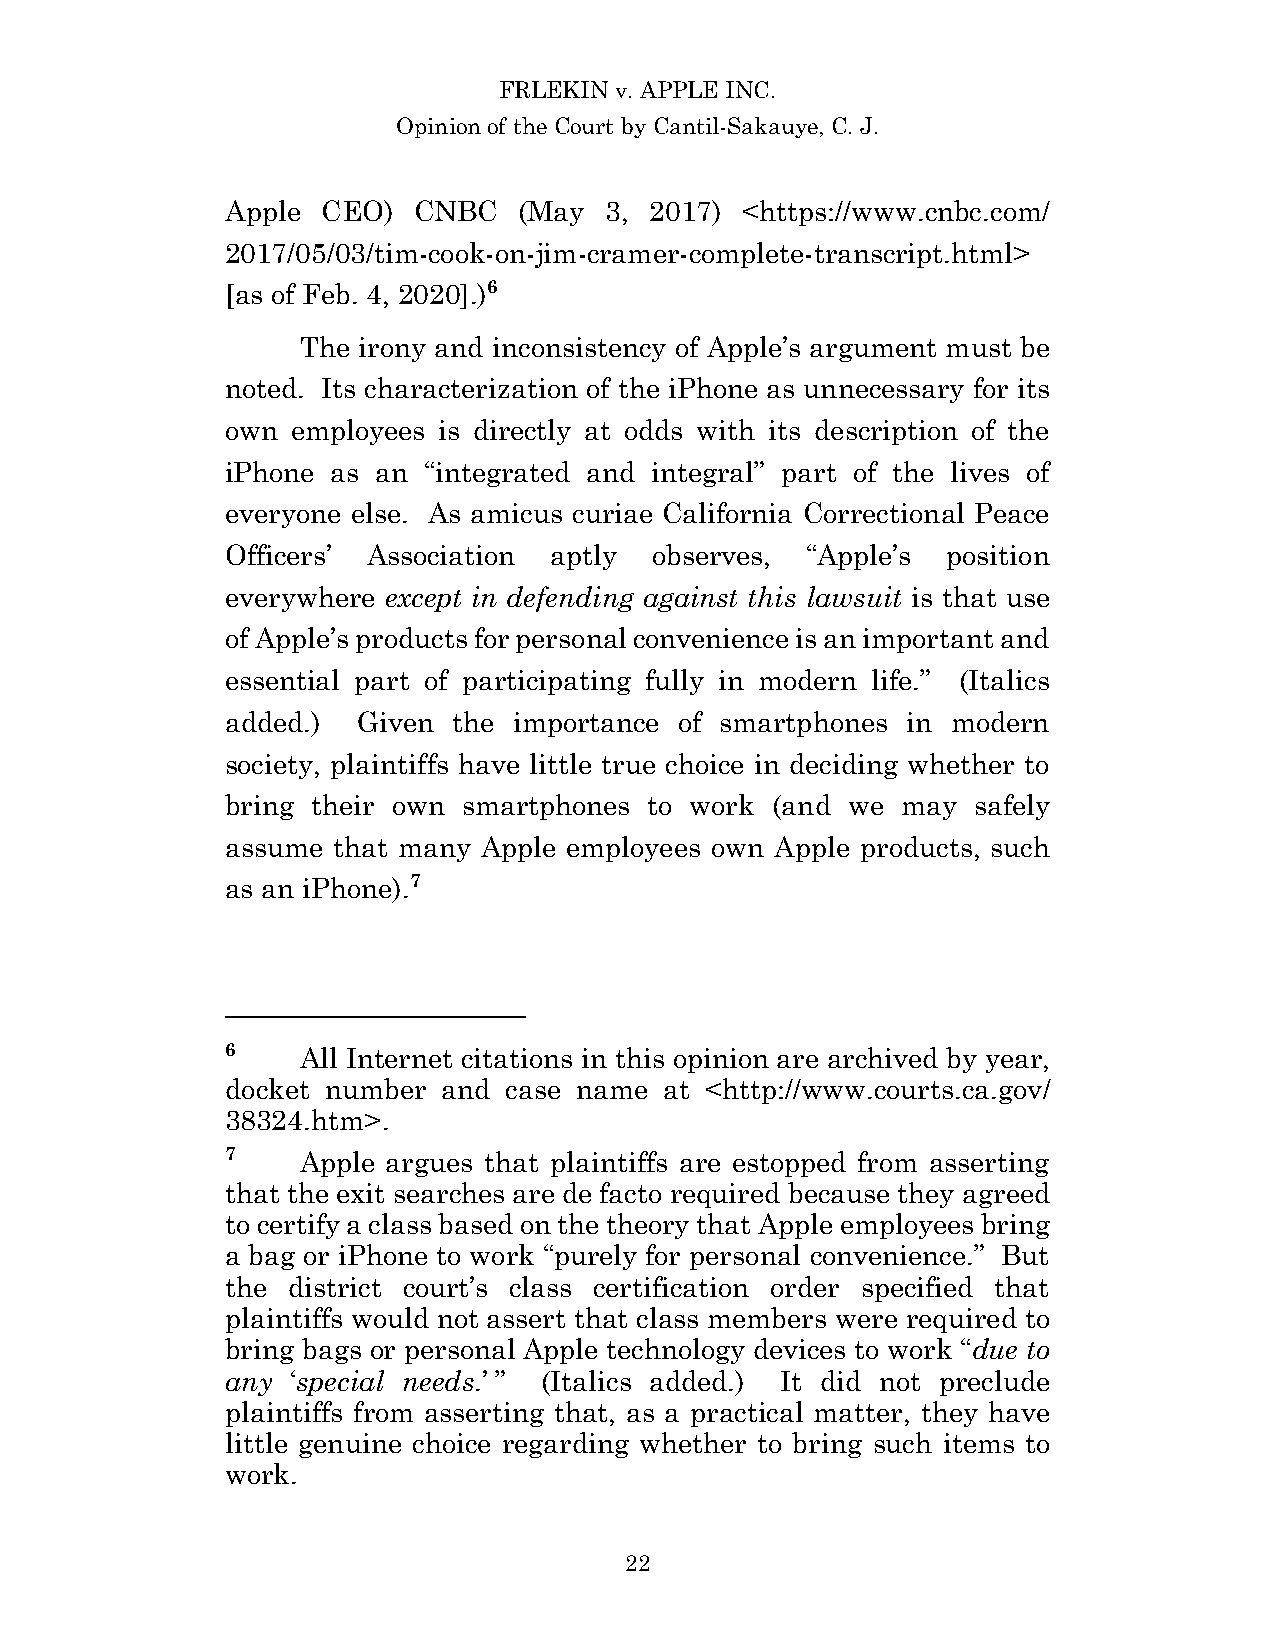
FRLEKIN v. APPLE INC.
 Opinion of the Court by Cantil-Sakauye, C. J.
 Apple CEO)  CNBC   (May  3, 2017) <https://www.cnbc.com/
 2017/05/03/tim-cook-on-jim-cramer-complete-transcript.html>
 [as of Feb. 4, 2020].)6
 The irony and inconsistency of Apple’s argument must be
 noted. Its characterization of the iPhone as unnecessary for its
 own employees is directly at odds with its description of the
 iPhone as an “integrated and integral” part of the lives of
 everyone else. As amicus curiae California Correctional Peace
 Officers’ Association aptly observes, “Apple’s  position
 everywhere except in defending against this lawsuit is that use
 of Apple’s products for personal convenience is an important and
 essential part of participating fully in modern life.” (Italics
 added.)  Given the importance of smartphones in modern
 society, plaintiffs have little true choice in deciding whether to
 bring their own smartphones to work (and we  may safely
 assume that many Apple employees own Apple products, such
 as an iPhone).7
 6    All Internet citations in this opinion are archived by year,
 docket number and case name  at <http://www.courts.ca.gov/
 38324.htm>.
 7    Apple argues that plaintiffs are estopped from asserting
 that the exit searches are de facto required because they agreed
 to certify a class based on the theory that Apple employees bring
 a bag or iPhone to work “purely for personal convenience.” But
 the district court’s class certification order specified that
 plaintiffs would not assert that class members were required to
 bring bags or personal Apple technology devices to work “due to
 any ‘special needs.’ ” (Italics added.) It did not preclude
 plaintiffs from asserting that, as a practical matter, they have
 little genuine choice regarding whether to bring such items to
 work.
 22